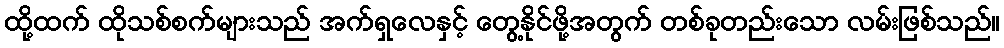
ထို့ထက် ထိုသစ်စက်များသည် အက်ရှလေနှင့် တွေ့နိုင်ဖို့အတွက် တစ်ခုတည်းသော လမ်းဖြစ်သည်။